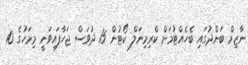
ނާޒިމް ބަންދުގައި ބެހެއްޓުމަށް ކްރިމިނަލް ކޯޓުން 15 ދުވަސް ޖަހާފައިވަނީ މިމަހުގެ 10